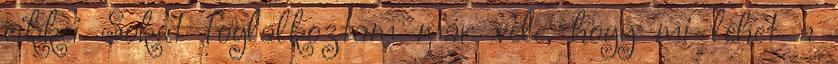
cikkei Sokat foglalkoztam már vele, hogy mi lehet a